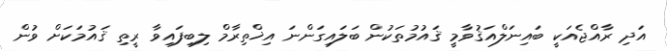
އަދި ރާއްޖެއަކީ ބައިނަލްއަޤުވާމީ ޤައުމުތަކުން ބަލައިގަންނަ އިޚްތިރާމް ލިބިފައިވާ ރީތި ޤައުމަކަށް ވުން